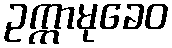
ဥက္ကာမုခေဝ